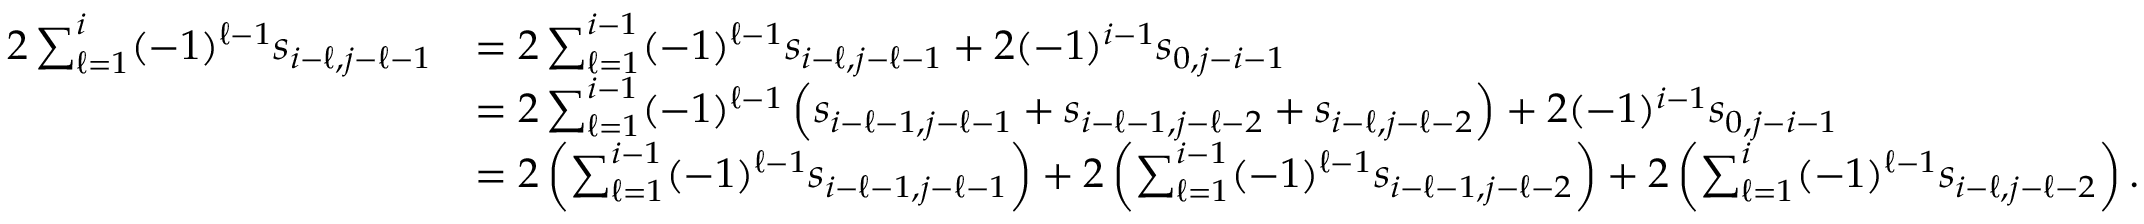
\begin{array} { r l } { 2 \sum _ { \ell = 1 } ^ { i } ( - 1 ) ^ { \ell - 1 } s _ { i - \ell , j - \ell - 1 } } & { = 2 \sum _ { \ell = 1 } ^ { i - 1 } ( - 1 ) ^ { \ell - 1 } s _ { i - \ell , j - \ell - 1 } + 2 ( - 1 ) ^ { i - 1 } s _ { 0 , j - i - 1 } } \\ & { = 2 \sum _ { \ell = 1 } ^ { i - 1 } ( - 1 ) ^ { \ell - 1 } \left( s _ { i - \ell - 1 , j - \ell - 1 } + s _ { i - \ell - 1 , j - \ell - 2 } + s _ { i - \ell , j - \ell - 2 } \right) + 2 ( - 1 ) ^ { i - 1 } s _ { 0 , j - i - 1 } } \\ & { = 2 \left( \sum _ { \ell = 1 } ^ { i - 1 } ( - 1 ) ^ { \ell - 1 } s _ { i - \ell - 1 , j - \ell - 1 } \right) + 2 \left( \sum _ { \ell = 1 } ^ { i - 1 } ( - 1 ) ^ { \ell - 1 } s _ { i - \ell - 1 , j - \ell - 2 } \right) + 2 \left( \sum _ { \ell = 1 } ^ { i } ( - 1 ) ^ { \ell - 1 } s _ { i - \ell , j - \ell - 2 } \right) . } \end{array}